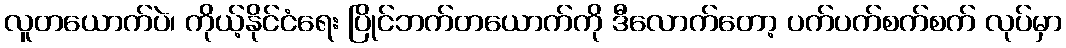
လူတယောက်ပဲ၊ ကိုယ့်နိုင်ငံရေး ပြိုင်ဘက်တယောက်ကို ဒီလောက်တော့ ပက်ပက်စက်စက် လုပ်မှာ